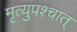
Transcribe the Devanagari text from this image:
मृत्युपश्चात्